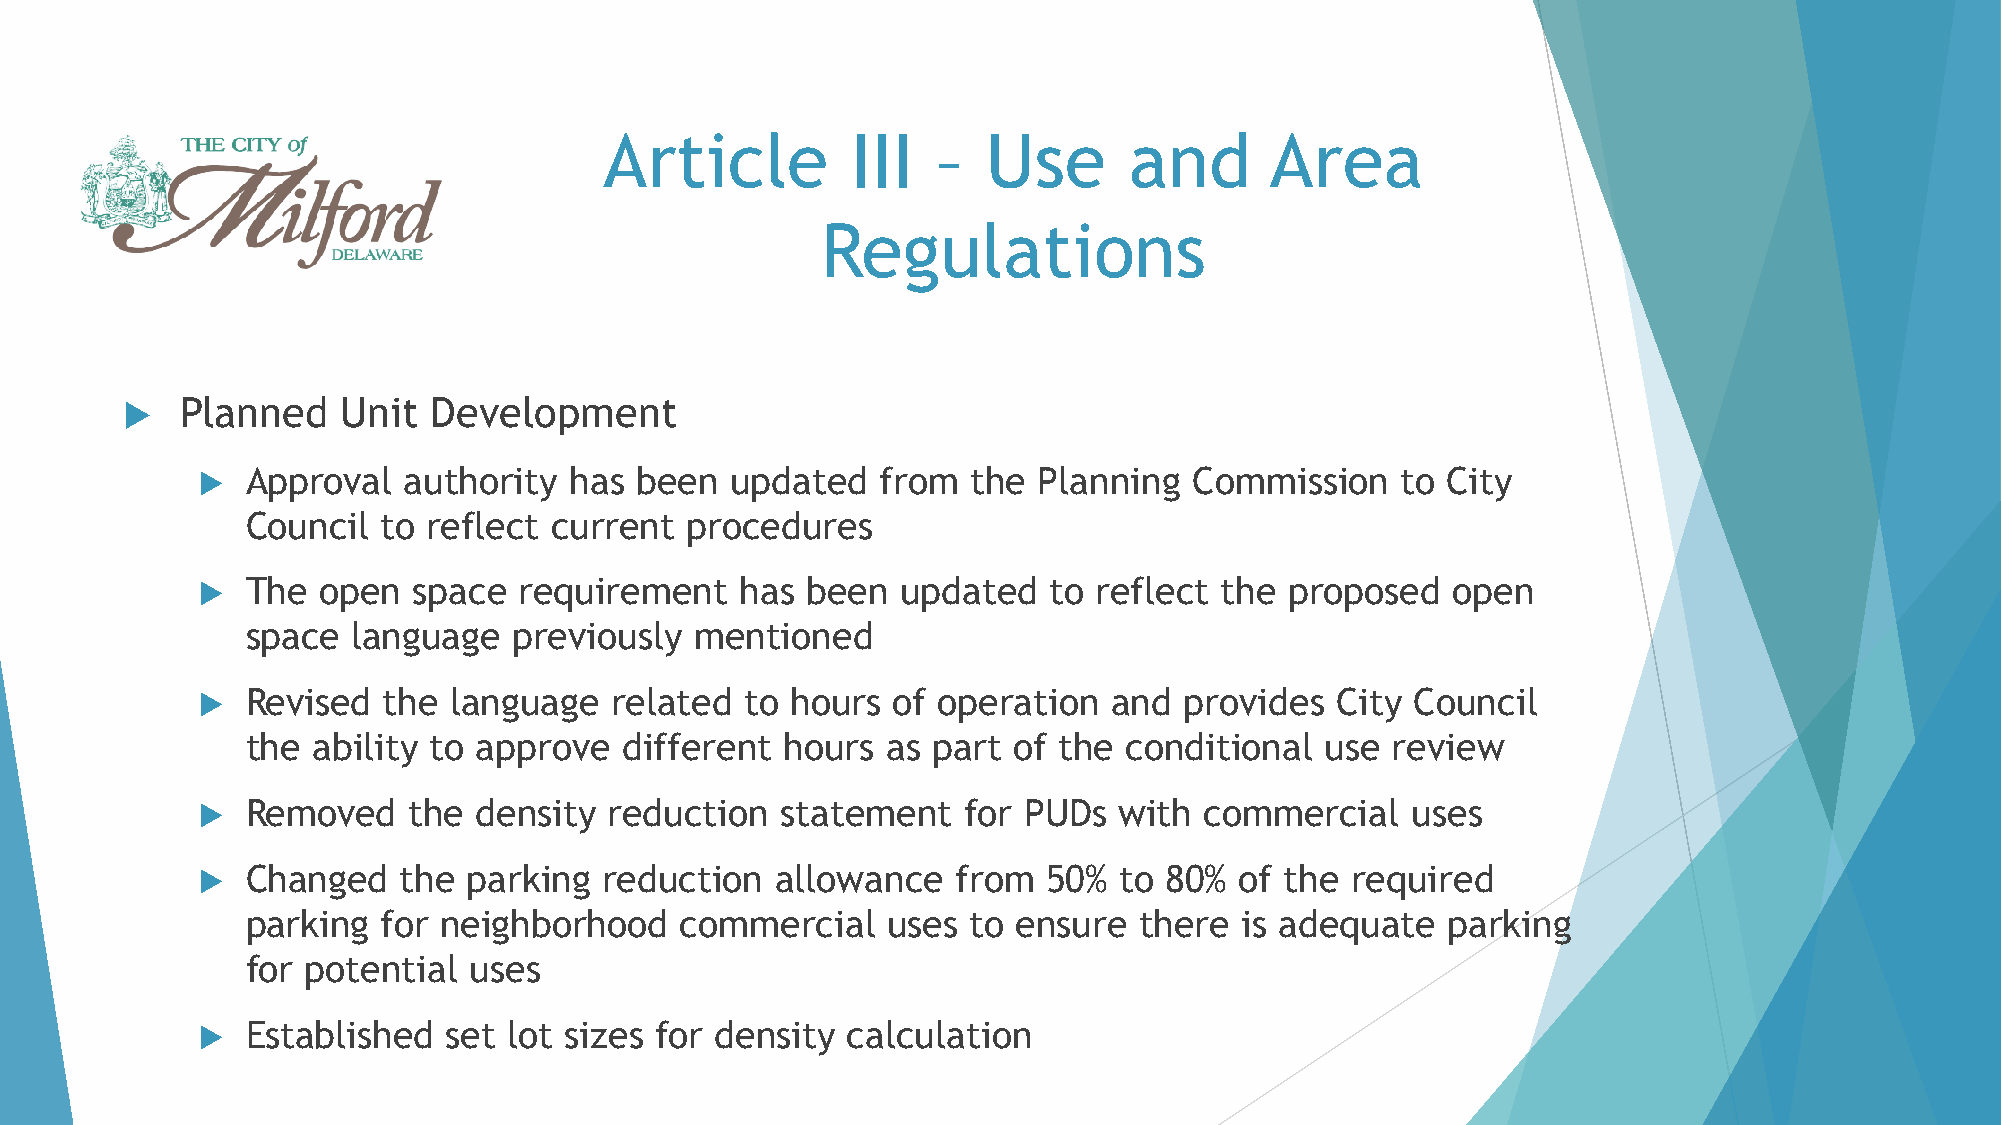
Article         III   –  Use       and      Area
 Regulations
    Planned    Unit  Development
   Approval   authority  has been  updated   from  the  Planning  Commission    to City
 Council  to reflect  current procedures
   The  open  space  requirement    has been   updated  to  reflect the proposed   open
 space  language   previously  mentioned
   Revised  the  language  related  to hours  of operation   and provides  City  Council
 the  ability to approve  different  hours  as part of the  conditional  use review
   Removed    the  density reduction   statement   for PUDs  with  commercial   uses
   Changed   the  parking  reduction  allowance   from  50%  to 80%  of the required
 parking  for neighborhood    commercial    uses to ensure  there  is adequate   parking
 for potential  uses
   Established   set lot sizes for density calculation